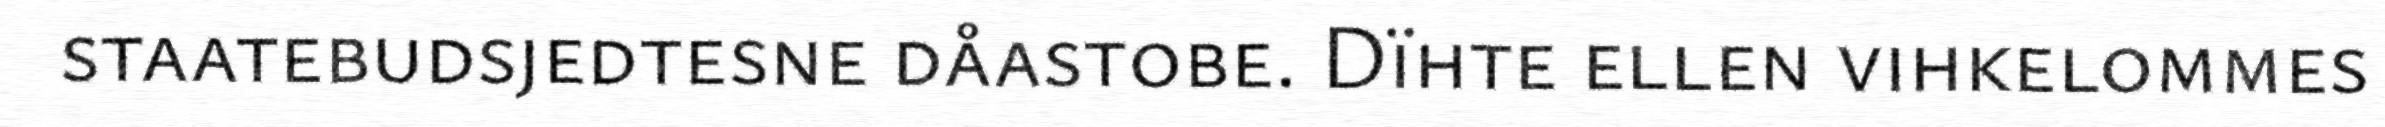
staatebudsjedtesne dåastobe. Dïhte ellen vihkelommes